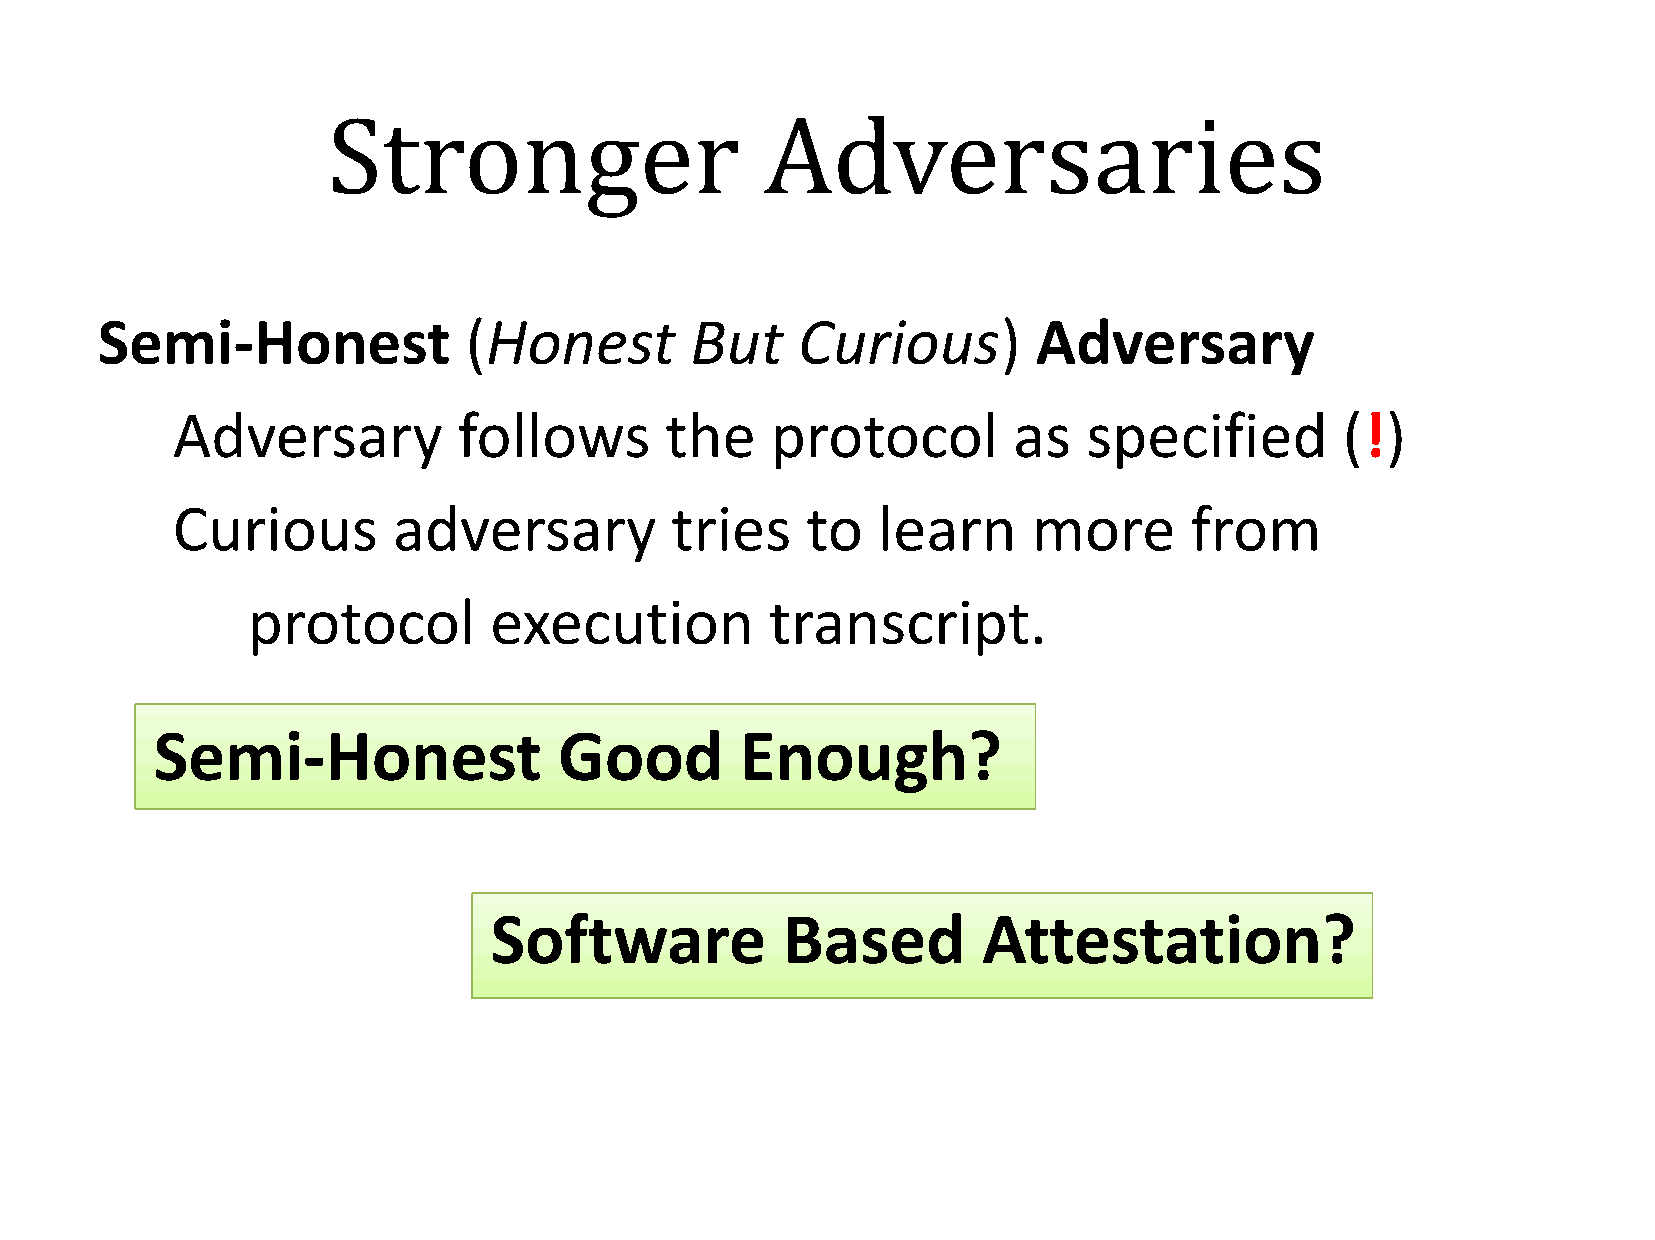
Stronger                     Adversaries
 Semi-Honest              (Honest        But    Curious)        Adversary
 Adversary          follows       the    protocol        as   specified        (!)
 Curious        adversary         tries    to   learn     more       from
 protocol        execution          transcript.
 Semi-Honest                Good        Enough?
 Software            Based        Attestation?